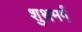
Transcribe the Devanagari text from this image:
शुथमर्ग